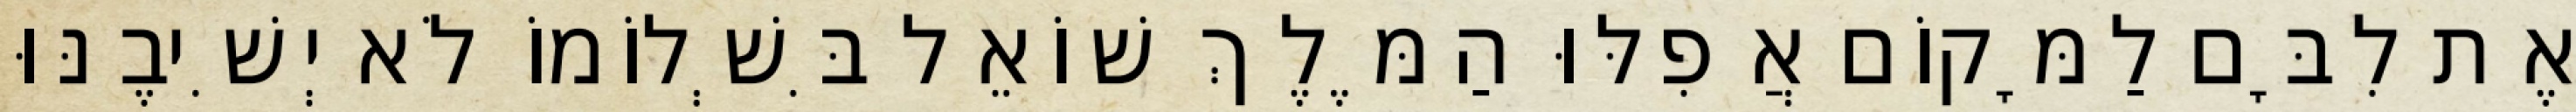
אֶת לִבָּם לַמָּקוֹם אֲפִלּוּ הַמֶּלֶךְ שׁוֹאֵל בִּשְׁלוֹמוֹ לֹא יְשִׁיבֶנּוּ